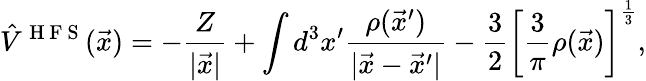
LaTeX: \hat{V}^{\mathrm{~H~F~S~}}(\vec{x})=-\frac{Z}{\vert\vec{x}\vert}+\int d^{3}x^{\prime}\frac{\rho({\vec{x}}^{\prime})}{\vert{\vec{x}}-{\vec{x}}^{\prime}\vert}-\frac{3}{2}\left[\frac{3}{\pi}\rho(\vec{x})\right]^{\frac{1}{3}},